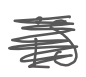
Text: is
Cross-out: scratch
Writing tool: digital_gray